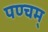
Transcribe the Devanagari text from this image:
पण्चम्